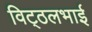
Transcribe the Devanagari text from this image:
विट्‍ठलभाई